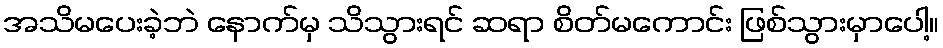
အသိမပေးခဲ့ဘဲ နောက်မှ သိသွားရင် ဆရာ စိတ်မကောင်း ဖြစ်သွားမှာပေါ့။